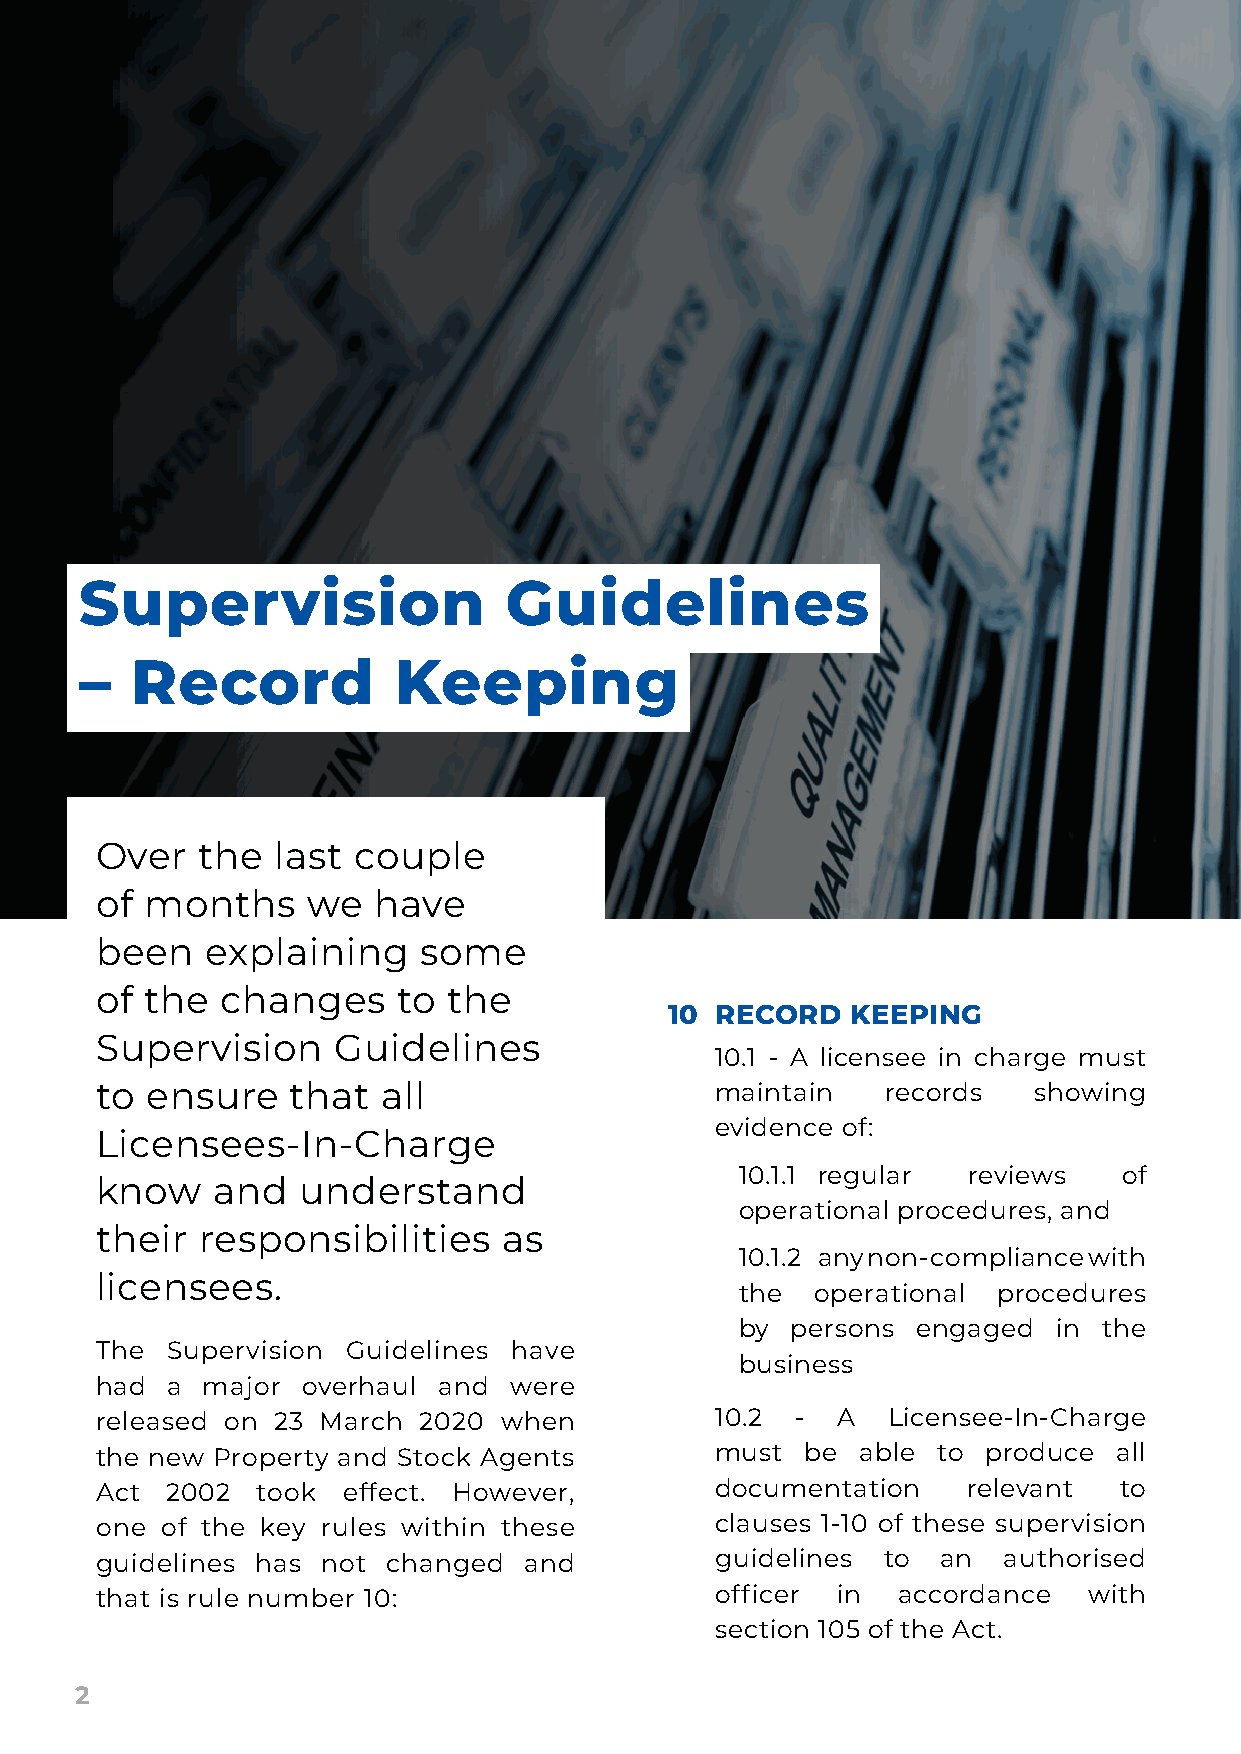
Supervision                 Guidelines
 –   Record           Keeping
 Over   the  last couple
 of  months    we   have
 been    explaining    some
 of  the  changes    to  the
 10 RECORD   KEEPING
 Supervision     Guidelines
 10.1 - A licensee in charge must
 to  ensure   that  all                   maintain    records  showing
 evidence of:
 Licensees-In-Charge
 10.1.1 regular reviews   of
 know    and   understand
 operational procedures, and
 their  responsibilities    as
 10.1.2 any non-compliance with
 licensees.
 the  operational procedures
 by persons  engaged  in the
 The  Supervision Guidelines have
 business
 had  a major  overhaul and  were
 released on 23 March  2020 when          10.2  - A   Licensee-In-Charge
 the new Property and Stock Agents        must  be  able to produce  all
 Act  2002  took  effect. However,        documentation    relevant  to
 one  of the key rules within these       clauses 1-10 of these supervision
 guidelines has not  changed  and         guidelines to  an  authorised
 that is rule number 10:                  officer in  accordance   with
 section 105 of the Act.
 2